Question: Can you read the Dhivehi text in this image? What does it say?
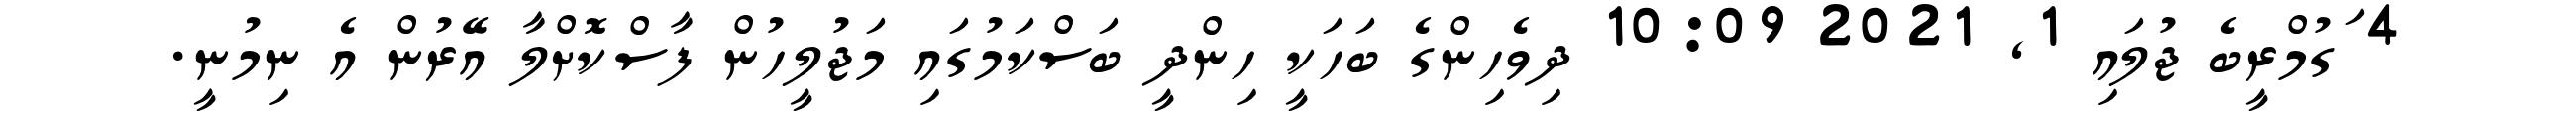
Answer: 4 ަގުމްރީބެ ޖުލައި 1, 2021 10:09 ދިވެހިންގެ ބަހަކީ ހިންދީ ބަސްކަމުގައި މަޖުލީހުން ފާސްކޮށްލާ އޭރުން އެ ނިމުނީ.